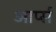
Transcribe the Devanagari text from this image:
आर्प्स